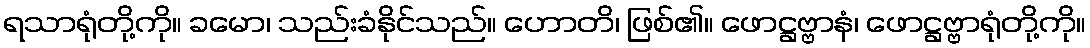
ရသာရုံတို့ကို။ ခမော၊ သည်းခံနိုင်သည်။ ဟောတိ၊ ဖြစ်၏။ ဖောဋ္ဌဗ္ဗာနံ၊ ဖောဋ္ဌဗ္ဗာရုံတို့ကို။